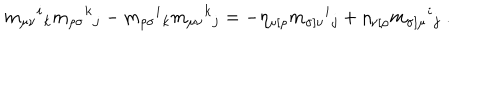
m _ { \mu \nu } { } ^ { i } { } _ { k } m _ { \rho \sigma } { } ^ { k } { } _ { j } - m _ { \rho \sigma } { } ^ { i } { } _ { k } m _ { \mu \nu } { } ^ { k } { } _ { j } = - \eta _ { \mu [ \rho } m _ { \sigma ] \nu } { } ^ { i } { } _ { j } + \eta _ { \nu [ \rho } m _ { \sigma ] \mu } { } ^ { i } { } _ { j } \ .